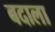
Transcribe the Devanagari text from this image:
बदाला